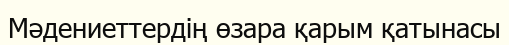
Мәдениеттердің өзара қарым қатынасы